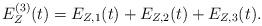
LaTeX: \begin{align*}E_Z^{(3)}(t) = E_{Z,1}(t) + E_{Z,2}(t) + E_{Z,3}(t) .\end{align*}